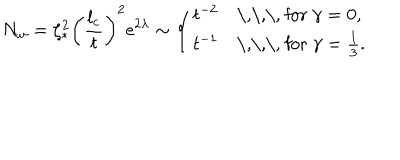
N _ { w } = \zeta _ { \ast } ^ { 2 } \left( \frac { l _ { c } } { t } \right) ^ { 2 } \mathrm { e } ^ { 2 \lambda } \sim \left\{ \begin{array} { l l } { { t ^ { - 2 } } } & { { \textrm { \, \, \, f o r } \gamma = 0 , } } \\ { { t ^ { - 1 } } } & { { \textrm { \, \, \, f o r } \gamma = \frac { 1 } { 3 } . } } \\ \end{array} \right.